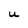
Character: U